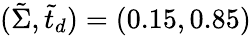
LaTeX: (\tilde{\Sigma},\tilde{t}_{d})=(0.15,0.85)